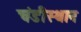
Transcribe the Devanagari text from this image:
चंडीस्‍थान